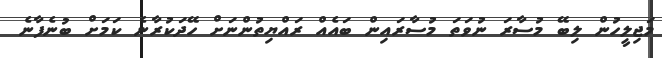
މަޖިލީހުން ލިބޭ މުސާރަ ނުވަތަ މުސާރައިން ބައެއް ރައްޔިތުންނަށް ހޭދަކުރާނެ ކަމަށް ބުނެފާނެ